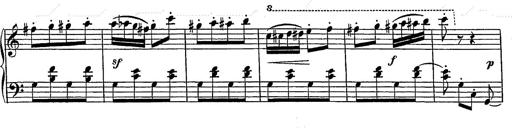
Title: Grand galop chromatique
Composer: Franz Liszt
Key: E-flat major (simplified version in EÂ major)